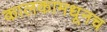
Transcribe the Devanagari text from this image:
कालकामधूनच